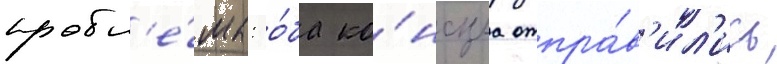
пробл'е́мы: о́ба ко́нсула отпра́в'ил'ись